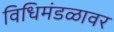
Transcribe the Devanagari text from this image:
विधिमंडळावर